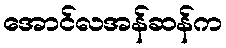
အောင်လအန်ဆန်က